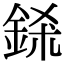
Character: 𨦾